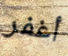
أغفر